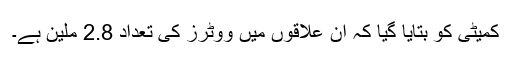
کمیٹی کو بتایا گیا کہ ان علاقوں میں ووٹرز کی تعداد 2.8 ملین ہے۔